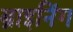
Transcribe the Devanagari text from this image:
ब्राइनिंग